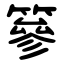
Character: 篸